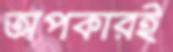
অপকারই